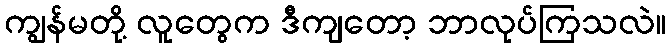
ကျွန်မတို့ လူတွေက ဒီကျတော့ ဘာလုပ်ကြသလဲ။